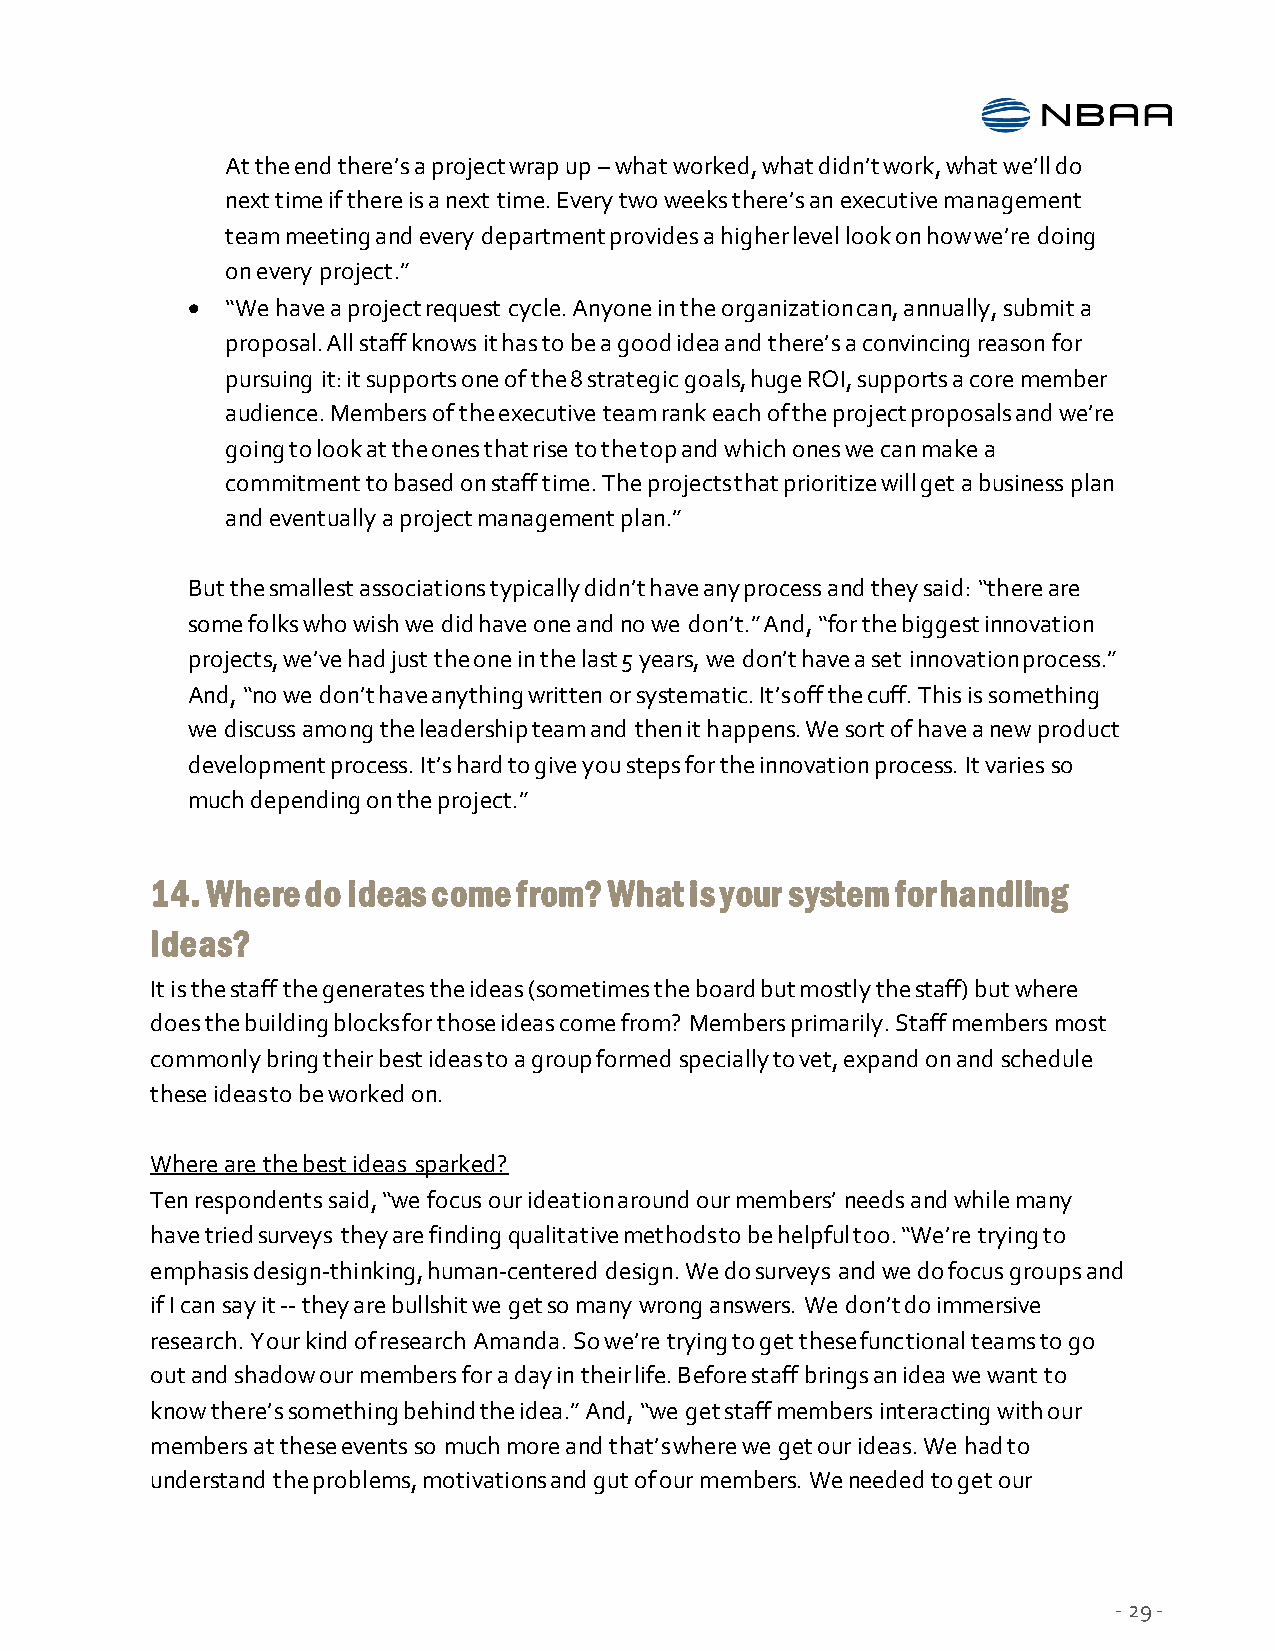
At the end there’s a project wrap up – what worked, what didn’t work, what we’ll do
 next time if there is a next time. Every two weeks there’s an executive management
 team meeting and every department provides a higher level look on how we’re doing
 on every project.”
   “We have a project request cycle. Anyone in the organization can, annually, submit a
 proposal. All staff knows it has to be a good idea and there’s a convincing reason for
 pursuing it: it supports one of the 8 strategic goals, huge ROI, supports a core member
 audience. Members of the executive team rank each of the project proposals and we’re
 going to look at the ones that rise to the top and which ones we can make a
 commitment to based on staff time. The projects that prioritize will get a business plan
 and eventually a project management plan.”
 But the smallest associations typically didn’t have any process and they said: “there are
 some folks who wish we did have one and no we don’t.” And, “for the biggest innovation
 projects, we’ve had just the one in the last 5 years, we don’t have a set innovation process.”
 And, “no we don’t have anything written or systematic. It’s off the cuff. This is something
 we discuss among the leadership team and then it happens. We sort of have a new product
 development process. It’s hard to give you steps for the innovation process. It varies so
 much depending on the project.”
 14. Where do ideas come from? What  is your system for handling
 ideas?
 It is the staff the generates the ideas (sometimes the board but mostly the staff) but where
 does the building blocks for those ideas come from? Members primarily. Staff members most
 commonly bring their best ideas to a group formed specially to vet, expand on and schedule
 these ideas to be worked on.
 Where are the best ideas sparked?
 Ten respondents said, “we focus our ideation around our members’ needs and while many
 have tried surveys they are finding qualitative methods to be helpful too. “We’re trying to
 emphasis design-thinking, human-centered design. We do surveys and we do focus groups and
 if I can say it -- they are bullshit we get so many wrong answers. We don’t do immersive
 research. Your kind of research Amanda. So we’re trying to get these functional teams to go
 out and shadow our members for a day in their life. Before staff brings an idea we want to
 know there’s something behind the idea.” And, “we get staff members interacting with our
 members at these events so much more and that’s where we get our ideas. We had to
 understand the problems, motivations and gut of our members. We needed to get our
 - 29 -